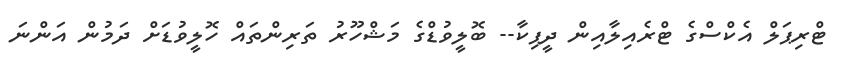
ޓްރިޕަލް އެކްސްގެ ޓްރެއިލާއިން ދީޕިކާ-- ބޮލީވުޑްގެ މަޝްހޫރު ތަރިންތައް ހޮލީވުޑަށް ދަމުން އަންނަ